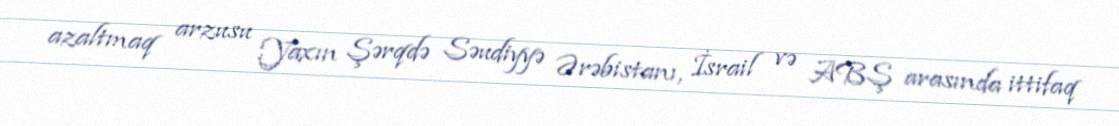
azaltmaq arzusu Yaxın Şərqdə Səudiyyə Ərəbistanı, İsrail və ABŞ arasında ittifaq